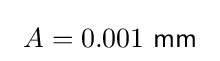
\ A=0.001\ {\mathsf {mm}}\